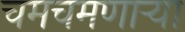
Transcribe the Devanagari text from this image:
चमचमणार्‍या